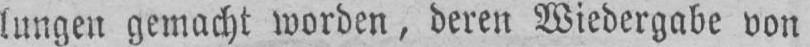
lungen gemacht worden, deren Wiedergabe von